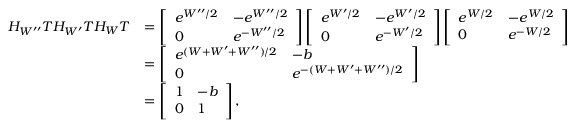
\begin{array} { r l } { H _ { W ^ { \prime \prime } } T H _ { W ^ { \prime } } T H _ { W } T } & { = \left[ \begin{array} { l l } { e ^ { W ^ { \prime \prime } / 2 } } & { - e ^ { W ^ { \prime \prime } / 2 } } \\ { 0 } & { e ^ { - W ^ { \prime \prime } / 2 } } \end{array} \right] \left[ \begin{array} { l l } { e ^ { W ^ { \prime } / 2 } } & { - e ^ { W ^ { \prime } / 2 } } \\ { 0 } & { e ^ { - W ^ { \prime } / 2 } } \end{array} \right] \left[ \begin{array} { l l } { e ^ { W / 2 } } & { - e ^ { W / 2 } } \\ { 0 } & { e ^ { - W / 2 } } \end{array} \right] } \\ & { = \left[ \begin{array} { l l } { e ^ { ( W + W ^ { \prime } + W ^ { \prime \prime } ) / 2 } } & { - b } \\ { 0 } & { e ^ { - ( W + W ^ { \prime } + W ^ { \prime \prime } ) / 2 } } \end{array} \right] } \\ & { = \left[ \begin{array} { l l } { 1 } & { - b } \\ { 0 } & { 1 } \end{array} \right] , } \end{array}